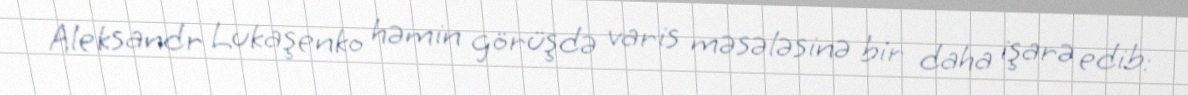
Aleksandr Lukaşenko həmin görüşdə varis məsələsinə bir daha işarə edib: